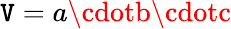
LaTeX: \mathtt{V}=a\cdotb\cdotc